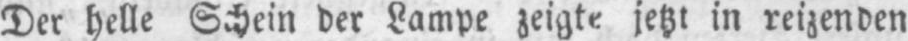
in reizenden